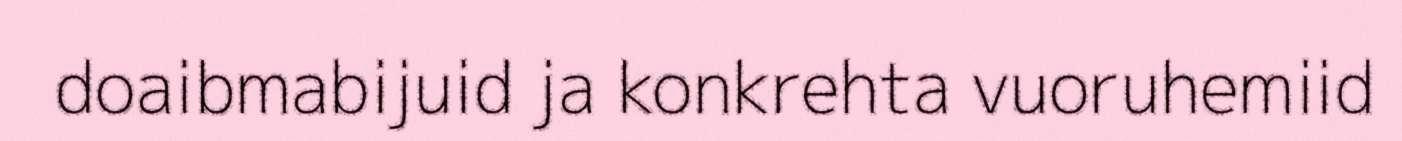
doaibmabijuid ja konkrehta vuoruhemiid